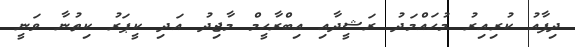
ދިފާއު ކުރިއިރު މުހައްމަދު ރަޝީދާއި އިބްރާހީމް މާޖިދު އަދި ކީޕަރު ކިތުނާ ވަނީ